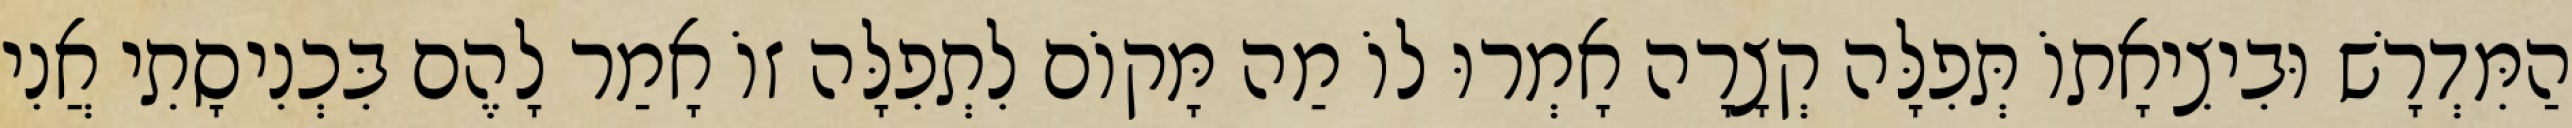
הַמִּדְרָשׁ וּבִיצִיאָתוֹ תְּפִלָּה קְצָרָה אָמְרוּ לוֹ מַה מָּקוֹם לִתְפִלָּה זוֹ אָמַר לָהֶם בִּכְנִיסָתִי אֲנִי